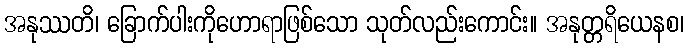
အနုဿတိ၊ ခြောက်ပါးကိုဟောရာဖြစ်သော သုတ်လည်းကောင်း။ အနုတ္တရိယေနစ၊